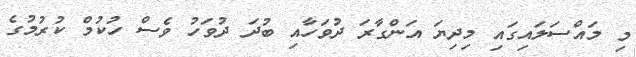
މި މައްސަލައިގައި މިދިޔަ އަންގާރަ ދުވަހާއި ބުދަ ދުވަހު ވެސް ހުކުމް ކުރުމުގެ